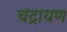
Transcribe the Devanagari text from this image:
चंद्रायण